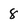
Character: 8